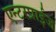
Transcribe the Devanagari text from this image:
एन्टरप्राईज